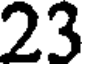
23